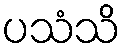
ပသံသိ